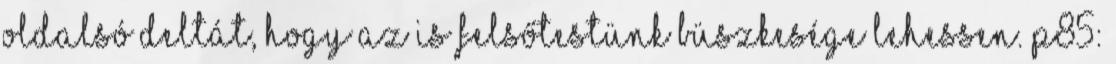
oldalsó deltát, hogy az is felsőtestünk büszkesége lehessen. P85: